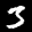
Label: 3